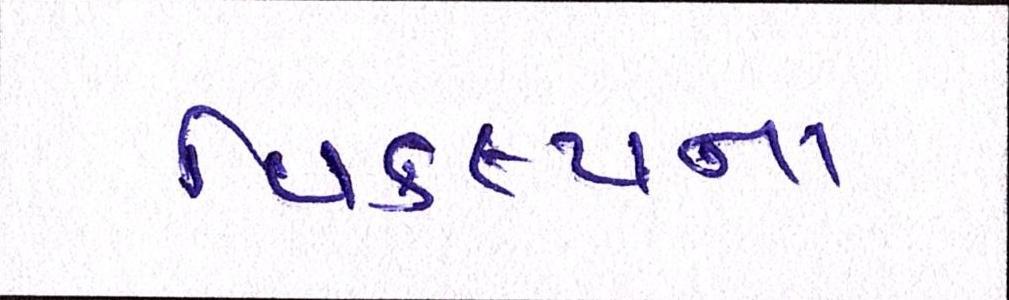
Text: વિકલ્પના